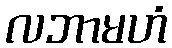
လဘာမဟံ